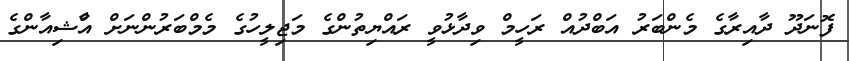
ފޮނަދޫ ދާއިރާގެ މެންބަރު އަބްދުއް ރަހީމް ވިދާޅުވީ ރައްޔިތުންގެ މަޖިލީހުގެ މެމްބަރުންނަށް އްާޝިއާންގެ